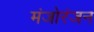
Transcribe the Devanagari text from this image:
मंजोरंजन